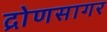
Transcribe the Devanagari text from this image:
द्रोणसागर